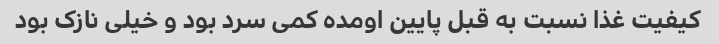
کیفیت غذا نسبت به قبل پایین اومده کمی سرد بود و خیلی نازک بود